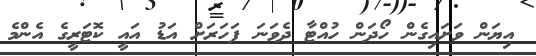
އިޔަން ވަށައިގެން ހޯދަން ހުއްޓާ ދެވަނަ ފަހަރަށް އަޑު އައީ ކޮޓަރީގެ އެންމެ